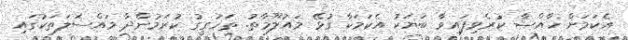
އެކަމަށް ޚާއްޞާ ކުރެވިފައިވާ ބަޔަކު އެކަމަކާ ގުޅޭ މައުލޫމާތު. ތަހުގީގު ކުރަމުންދާ މައްސަލަތަކުގައި